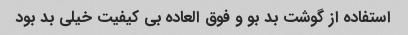
استفاده از گوشت بد بو و فوق العاده بی کیفیت خیلی بد بود